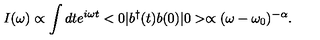
I ( \omega ) \propto \int d t e ^ { i \omega t } < 0 | b ^ { \dagger } ( t ) b ( 0 ) | 0 > \propto ( \omega - \omega _ { 0 } ) ^ { - \alpha } .